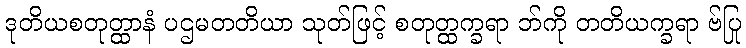
ဒုတိယစတုတ္ထာနံ ပဌမတတိယာ သုတ်ဖြင့် စတုတ္ထက္ခရာ ဘ်ကို တတိယက္ခရာ ဗ်ပြု